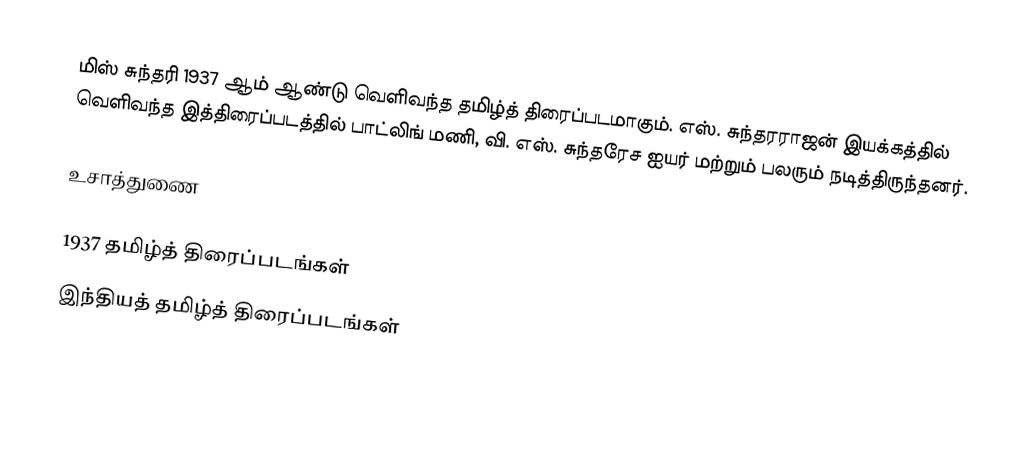
மிஸ் சுந்தரி 1937 ஆம் ஆண்டு வெளிவந்த தமிழ்த் திரைப்படமாகும். எஸ். சுந்தரராஜன் இயக்கத்தில் வெளிவந்த இத்திரைப்படத்தில் பாட்லிங் மணி, வி. எஸ். சுந்தரேச ஐயர் மற்றும் பலரும் நடித்திருந்தனர்.

உசாத்துணை

1937 தமிழ்த் திரைப்படங்கள்
இந்தியத் தமிழ்த் திரைப்படங்கள்